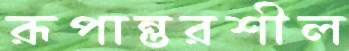
রূপান্তরশীল